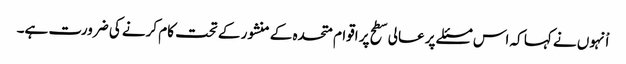
اْنہوں نے کہا کہ اس مسئلے پر عالی سطح پر اقوام متحدہ کے منشور کے تحت کام کرنے کی ضرورت ہے۔